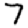
Digit: 7